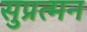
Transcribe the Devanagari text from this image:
सुप्रत्मन